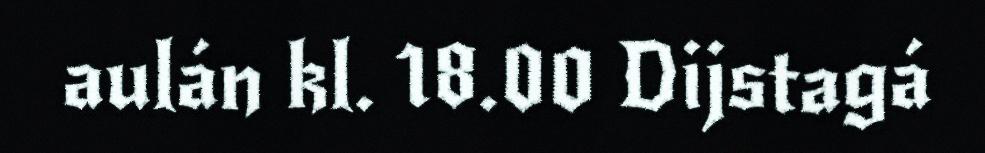
aulán kl. 18.00 Dijstagá